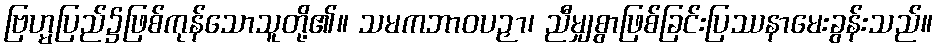
ဗြဟ္မပြည်၌ဖြစ်ကုန်သောသူတို့၏။ သမကဘာဝပဉှာ၊ ညီမျှစွာဖြစ်ခြင်းပြဿနာမေးခွန်းသည်။